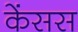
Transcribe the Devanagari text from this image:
केंसस